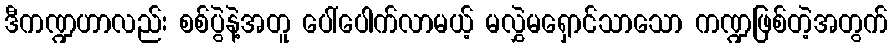
ဒီကဏ္ဍဟာလည်း စစ်ပွဲနဲ့အတူ ပေါ်ပေါက်လာမယ့် မလွှဲမရှောင်သာသော ကဏ္ဍဖြစ်တဲ့အတွက်